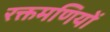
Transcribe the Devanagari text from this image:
रक्तमणियों